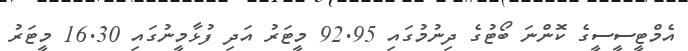
އެމްޓީސީސީގެ ކޮންނަ ބޯޓުގެ ދިނުމުގައި 92.95 މީޓަރު އަދި ފުޅާމީނުގައި 16.30 މީޓަރު